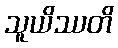
သူယိဿတိ